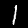
Label: 1